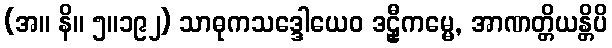
(အ။ နိ။ ၅။၁၉၂) သာဓုကသဒ္ဒေါယေဝ ဒဠှီကမ္မေ, အာဏတ္တိယန္တိပိ